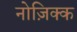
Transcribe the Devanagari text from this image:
नोज़िक्क